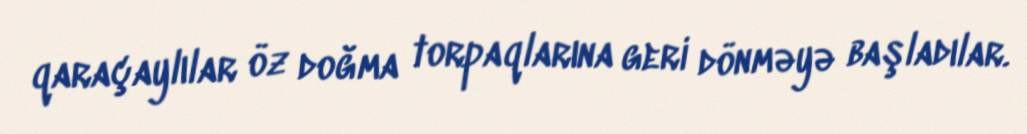
qaraçaylılar öz doğma torpaqlarına geri dönməyə başladılar.